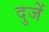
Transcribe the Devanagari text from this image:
दुजें